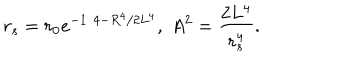
r _ { s } = r _ { 0 } e ^ { - 1 / 4 - R ^ { 4 } / 2 L ^ { 4 } } , \; A ^ { 2 } = { \frac { 2 L ^ { 4 } } { r _ { s } ^ { 4 } } } .